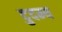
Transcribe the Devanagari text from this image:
दुदम्य